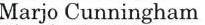
Marjo Cunningham